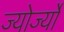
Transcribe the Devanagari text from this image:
ज्योर्ज्यो